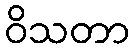
ဝိသတာ